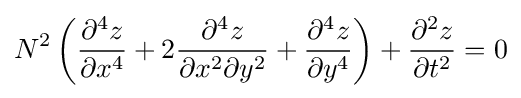
N^{2}\left({\frac {\partial ^{4}z}{\partial x^{4}}}+2{\frac {\partial ^{4}z}{\partial x^{2}\partial y^{2}}}+{\frac {\partial ^{4}z}{\partial y^{4}}}\right)+{\frac {\partial ^{2}z}{\partial t^{2}}}=0